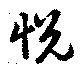
怳